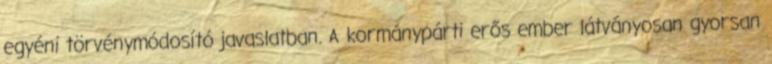
egyéni törvénymódosító javaslatban. A kormánypárti erős ember látványosan gyorsan